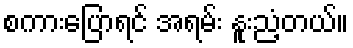
စကားပြောရင် အရမ်း နူးညံ့တယ်။